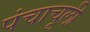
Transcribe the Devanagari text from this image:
पंचाचूली